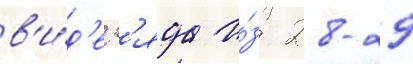
в'и́д'е р'яда и́з 28-29